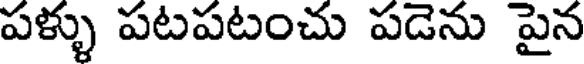
పళ్ళు పటపటంచు పడెను పైన